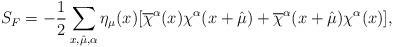
LaTeX: \begin{align*}S_F=-\frac{1}{2}\sum_{x,\hat{\mu},\alpha}\eta_\mu(x)[\overline{\chi}^\alpha(x)\chi^\alpha(x+\hat{\mu})+\overline{\chi}^\alpha(x+\hat{\mu})\chi^\alpha(x)], \end{align*}